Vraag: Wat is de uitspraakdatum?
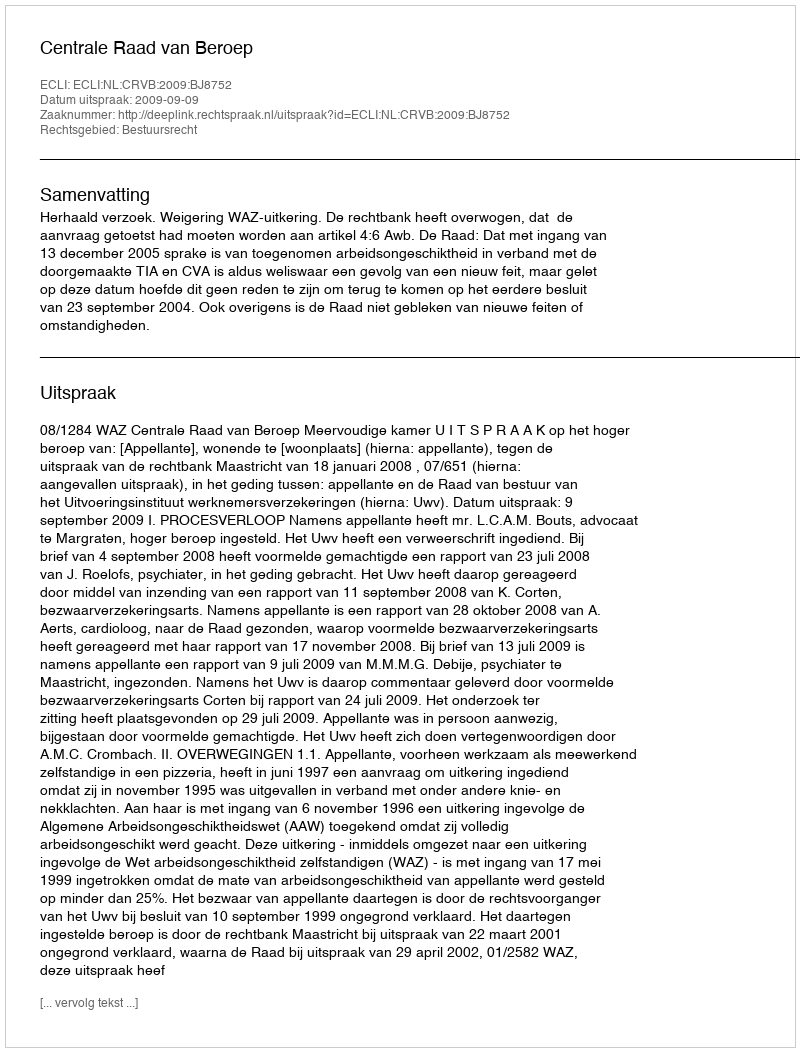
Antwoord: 2009-09-09